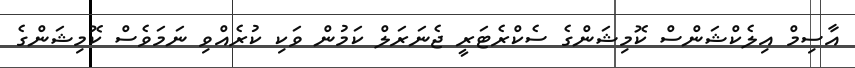
އާސިމް އިލެކްޝަންސް ކޮމިޝަންގެ ސެކްރެޓަރީ ޖެނަރަލް ކަމުން ވަކި ކުރެއްވި ނަމަވެސް ކޮމިޝަންގެ